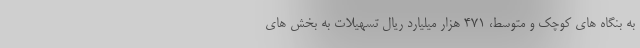
به بنگاه های کوچک و متوسط، 471 هزار میلیارد ریال تسهیلات به بخش های